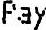
PAY